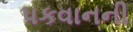
પકવાનની